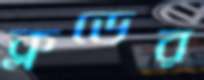
ক্লডের